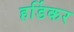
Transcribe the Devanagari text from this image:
हर्डिकर